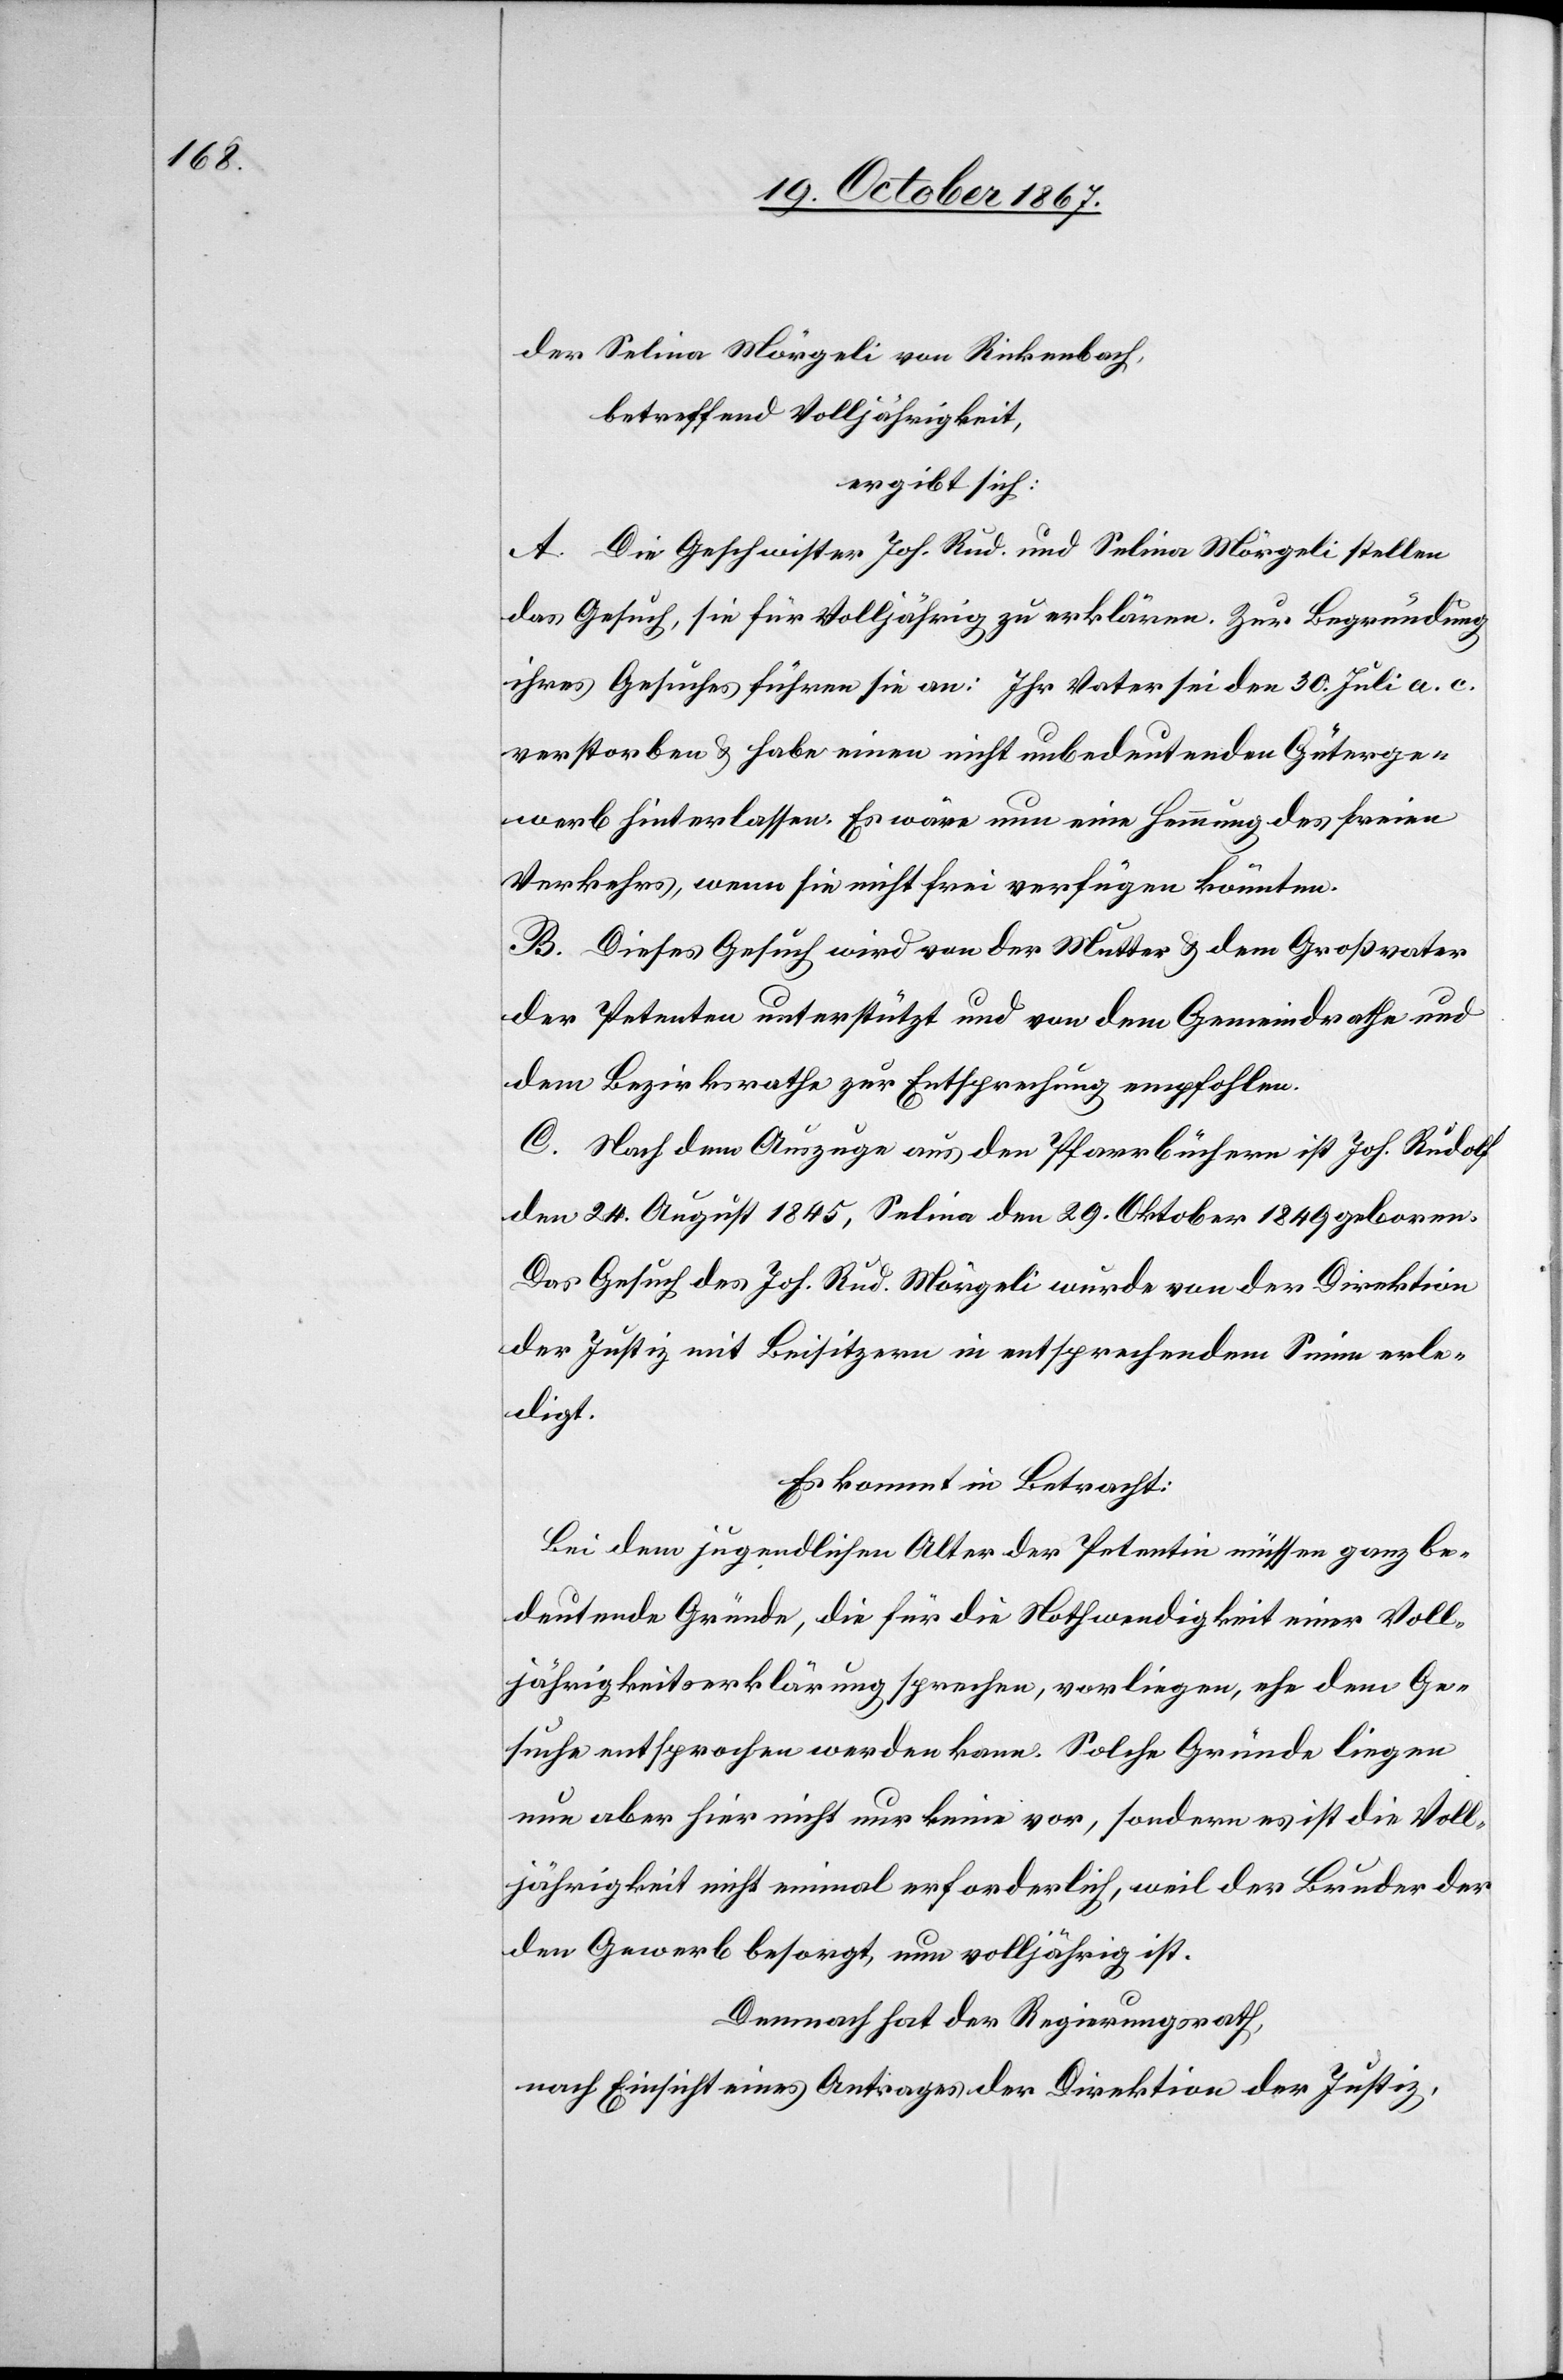
der Selina Mörgeli vin Rickenbach,
betreffend Volljährigkeit,
ergibt sich:
A. Die Geschwister Joh. Rud. und Selina Mörgeli stellen
das Gesuch, sie für Volljährig zu erklären. Zur Begründung
ihres Gesuches führen sie an: Ihr Vater sei den 30. Juli a. c.
verstorben u. habe einen nicht unbedeutenden Güterge¬
werb hitnerlassen. Es wäre nun eine Hemmung des freien
Verkehrs, wenn sie nicht frei verfügen könnten.
B. Dieses Gesuch wird von der Mutter u. dem Großvater
der Petenten unterstützt und von dem Gemeindrathe und
dem Bezirksrathe zur Entsprechung empfohlen.
C. Nach dem Auszuge aus den Pfarrbüchern ist Joh. Rudolf
den 24. August 1845, Selina den 29. Oktober 1849 geboren.
Das Gesuch des Joh. Rud. Mörgeli wurde von der Direktion
der Justiz mit Beisitzern in entsprechendem Sinne erle¬
digt.
Es kommt in Betracht:
Bei dem jugendlichen Alter der Petentin müssen ganz be¬
deutende Gründe, die für die Nothwendigkeit einer Voll¬
jährigkeitserklärung sprechen, vorliegen, ehe dem Ge¬
suche entsprochen werden kann. Solche Gründe liegen
nun aber hier nicht nur keine vor, sondern es ist die Voll¬
jährigkeit nicht einem erforderlich, weil der Bruder der
den Gewerb besorgt, nun volljährig ist.
Demnach hat der Regierungsrath,
nach Einsicht eines Antrages der Direktion der Justiz,